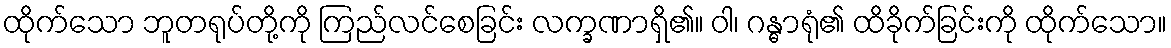
ထိုက်သော ဘူတရုပ်တို့ကို ကြည်လင်စေခြင်း လက္ခဏာရှိ၏။ ဝါ၊ ဂန္ဓာရုံ၏ ထိခိုက်ခြင်းကို ထိုက်သော။